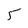
Character: 5